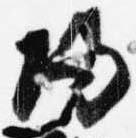
帰